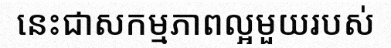
នេះជាសកម្មភាពល្អមួយរបស់